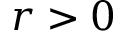
r > 0